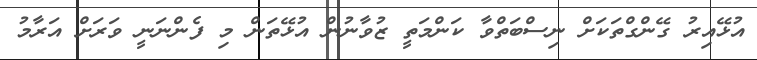
އުޅޭއިރު ގޭންގްތަކަށް ނިސްބަތްވާ ކަންމަތީ ޒުވާނުން އުޅޭތަން މި ފެންނަނީ ވަރަށް އަރާމު